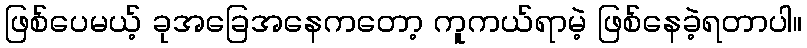
ဖြစ်ပေမယ့် ခုအခြေအနေကတော့ ကူကယ်ရာမဲ့ ဖြစ်နေခဲ့ရတာပါ။